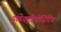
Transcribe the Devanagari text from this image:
इलेक्ट्रोपोज़िटिव